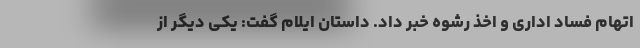
اتهام فساد اداری و اخذ رشوه خبر داد. داستان ایلام گفت: یکی دیگر از